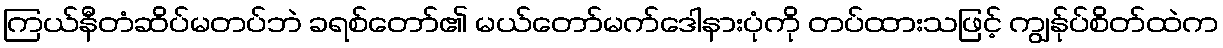
ကြယ်နီတံဆိပ်မတပ်ဘဲ ခရစ်တော်၏ မယ်တော်မက်ဒေါနားပုံကို တပ်ထားသဖြင့် ကျွန်ုပ်စိတ်ထဲက